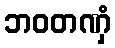
ဘဝတဏှံ